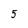
Character: 5